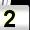
Digit: 2